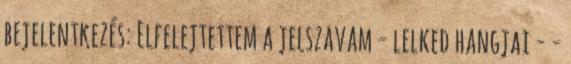
bejelentkezés: Elfelejtettem a jelszavam - lelked hangjai - -